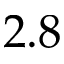
2 . 8